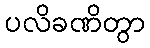
ပလိခဏိတွာ